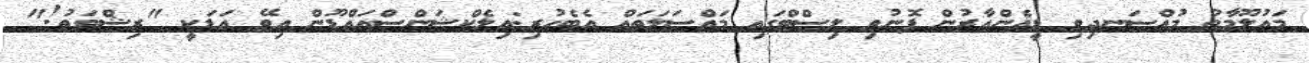
މައުލޫމާތު މުއްސަނދިވި ޑީއެންއާރުން ފޮނުވި ލިސްޓްގައި މައްސަލަތައް އެބެހުރި:އިލެކްޝަންސްއައްޑޫން އިވޭ އަޑަކީ "ރިޝްވަތު!"